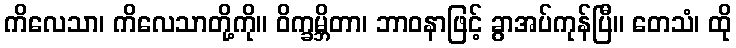
ကိလေသာ၊ ကိလေသာတို့ကို။ ဝိက္ခမ္ဘိတာ၊ ဘာဝနာဖြင့် ခွာအပ်ကုန်ပြီ။ တေသံ၊ ထို